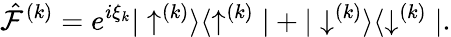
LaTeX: \hat{\mathcal{F}}^{(k)}={e^{i\xi_{k}}|\uparrow^{(k)}\rangle\langle\uparrow^{(k)}|+|\downarrow^{(k)}\rangle\langle\downarrow^{(k)}|}.